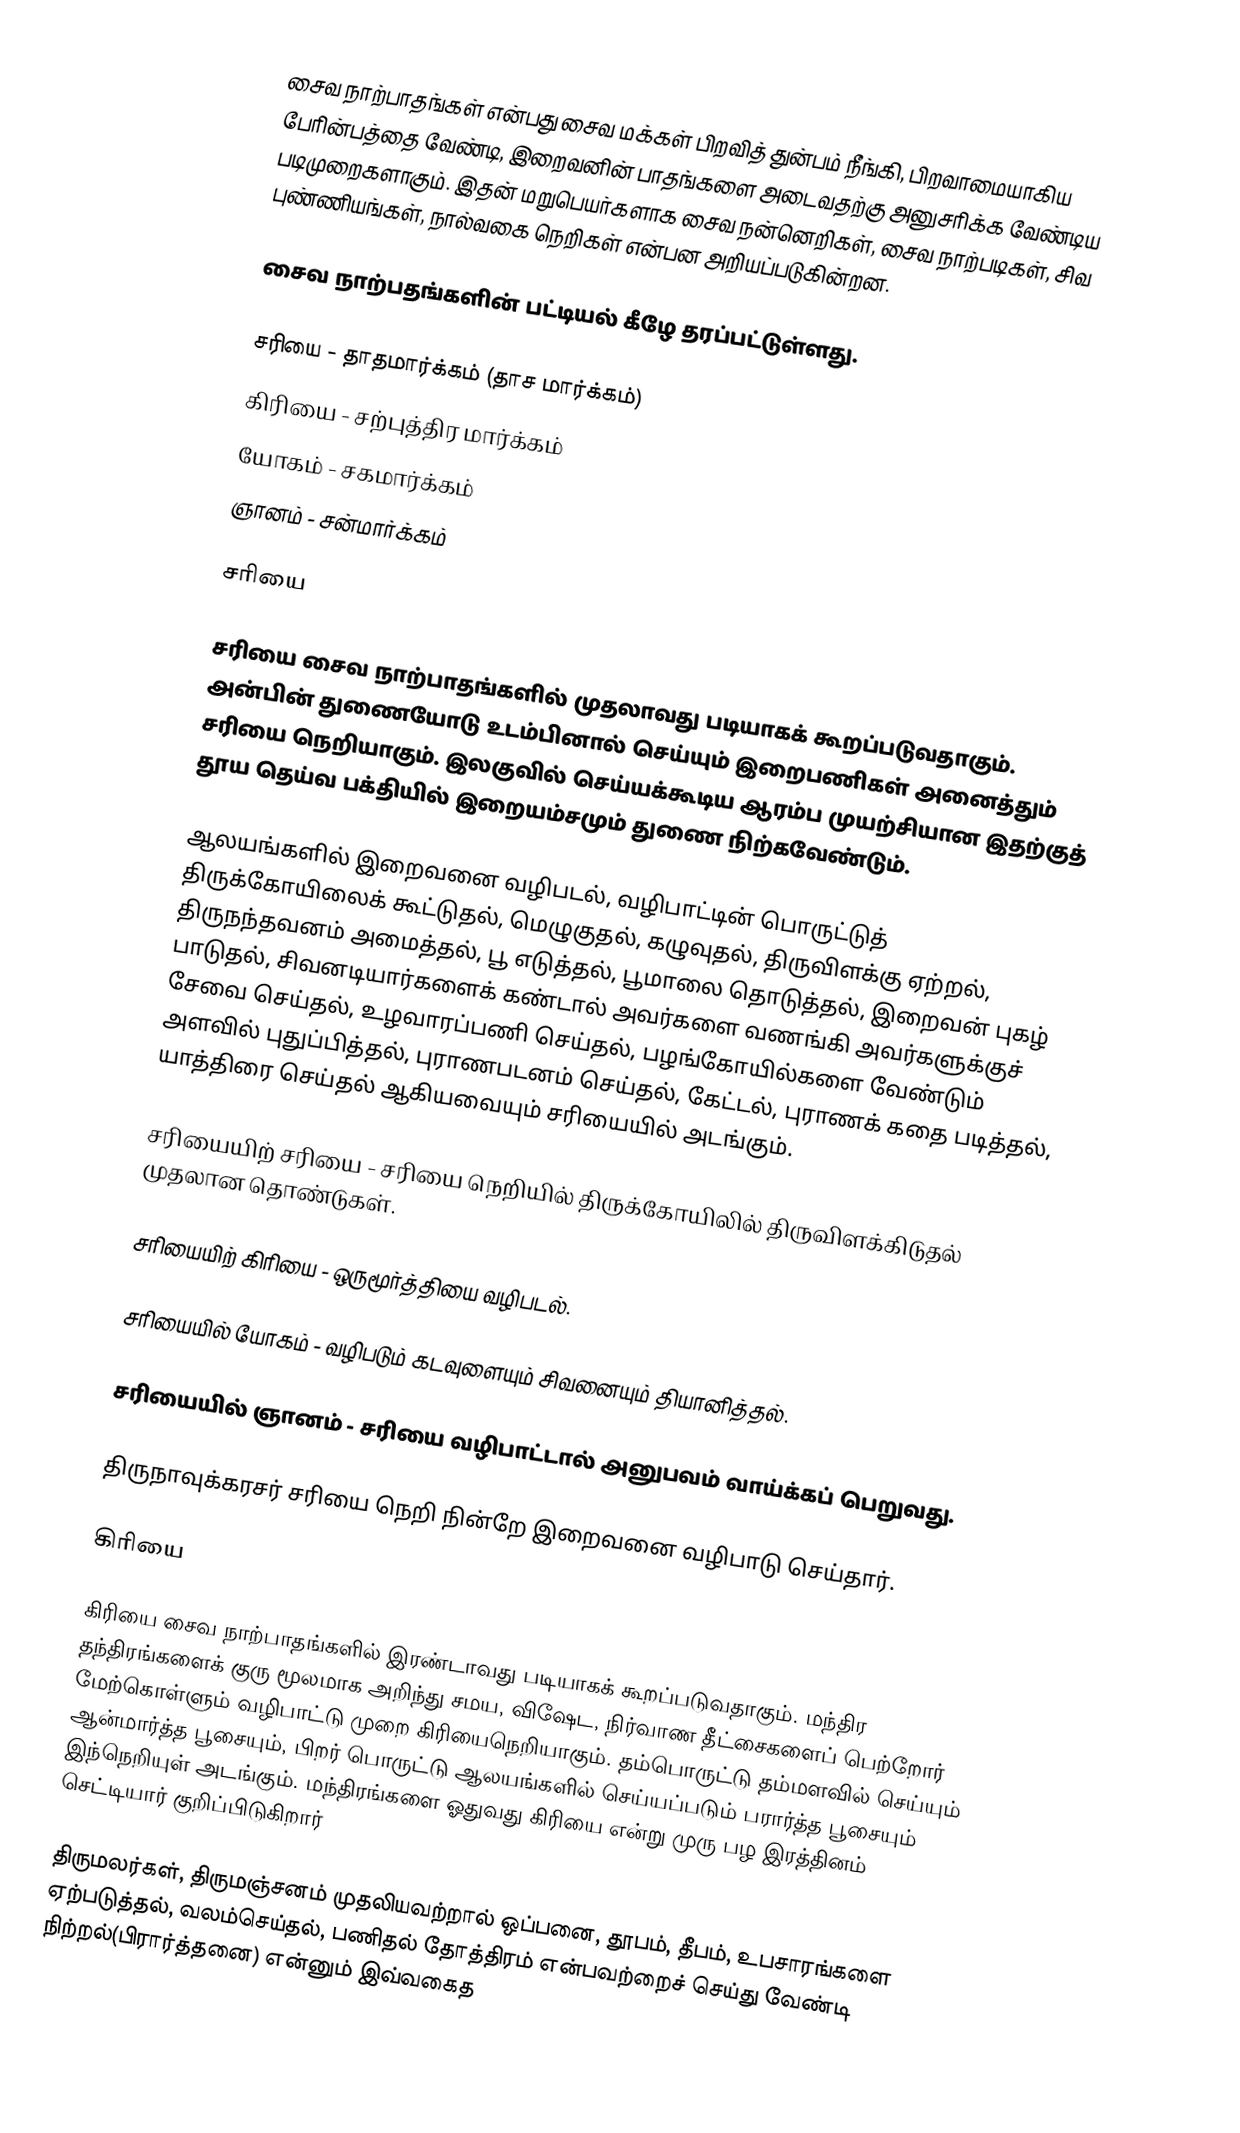
சைவ நாற்பாதங்கள் என்பது சைவ மக்கள் பிறவித் துன்பம் நீங்கி, பிறவாமையாகிய பேரின்பத்தை வேண்டி, இறைவனின் பாதங்களை அடைவதற்கு அனுசரிக்க வேண்டிய படிமுறைகளாகும். இதன் மறுபெயர்களாக சைவ நன்னெறிகள், சைவ நாற்படிகள், சிவ புண்ணியங்கள், நால்வகை நெறிகள் என்பன அறியப்படுகின்றன.

சைவ நாற்பதங்களின் பட்டியல் கீழே தரப்பட்டுள்ளது.

 சரியை -  தாதமார்க்கம் (தாச மார்க்கம்)
 கிரியை - சற்புத்திர மார்க்கம்
 யோகம் - சகமார்க்கம்
 ஞானம் - சன்மார்க்கம்

சரியை

சரியை சைவ நாற்பாதங்களில் முதலாவது படியாகக் கூறப்படுவதாகும். அன்பின் துணையோடு உடம்பினால் செய்யும் இறைபணிகள் அனைத்தும் சரியை நெறியாகும்.  இலகுவில் செய்யக்கூடிய ஆரம்ப முயற்சியான இதற்குத் தூய தெய்வ பக்தியில் இறையம்சமும் துணை நிற்கவேண்டும்.

ஆலயங்களில் இறைவனை வழிபடல், வழிபாட்டின் பொருட்டுத் திருக்கோயிலைக் கூட்டுதல், மெழுகுதல், கழுவுதல், திருவிளக்கு ஏற்றல், திருநந்தவனம் அமைத்தல், பூ எடுத்தல், பூமாலை தொடுத்தல், இறைவன் புகழ் பாடுதல், சிவனடியார்களைக் கண்டால் அவர்களை வணங்கி அவர்களுக்குச் சேவை செய்தல், உழவாரப்பணி செய்தல், பழங்கோயில்களை வேண்டும் அளவில் புதுப்பித்தல், புராணபடனம் செய்தல், கேட்டல், புராணக் கதை படித்தல், யாத்திரை செய்தல் ஆகியவையும் சரியையில் அடங்கும்.

 சரியையிற் சரியை - சரியை நெறியில் திருக்கோயிலில் திருவிளக்கிடுதல் முதலான தொண்டுகள்.

 சரியையிற் கிரியை - ஒருமூர்த்தியை வழிபடல்.

 சரியையில் யோகம் - வழிபடும் கடவுளையும் சிவனையும் தியானித்தல்.

 சரியையில் ஞானம் - சரியை வழிபாட்டால் அனுபவம் வாய்க்கப் பெறுவது.

திருநாவுக்கரசர் சரியை நெறி நின்றே இறைவனை வழிபாடு செய்தார்.

கிரியை

கிரியை சைவ நாற்பாதங்களில் இரண்டாவது படியாகக் கூறப்படுவதாகும். மந்திர தந்திரங்களைக் குரு மூலமாக அறிந்து சமய, விஷேட, நிர்வாண தீட்சைகளைப் பெற்றோர் மேற்கொள்ளும் வழிபாட்டு முறை கிரியைநெறியாகும். தம்பொருட்டு தம்மளவில் செய்யும் ஆன்மார்த்த பூசையும், பிறர் பொருட்டு ஆலயங்களில் செய்யப்படும் பரார்த்த பூசையும் இந்நெறியுள் அடங்கும். மந்திரங்களை ஓதுவது கிரியை என்று முரு பழ இரத்தினம் செட்டியார் குறிப்பிடுகிறார்

திருமலர்கள், திருமஞ்சனம் முதலியவற்றால் ஒப்பனை, தூபம், தீபம், உபசாரங்களை ஏற்படுத்தல், வலம்செய்தல், பணிதல் தோத்திரம் என்பவற்றைச் செய்து வேண்டி நிற்றல்(பிரார்த்தனை) என்னும் இவ்வகைத